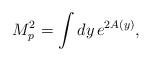
LaTeX: \begin{align*}M_p ^2 = \int dy\, e^{2A\left( y\right)} ,\end{align*}